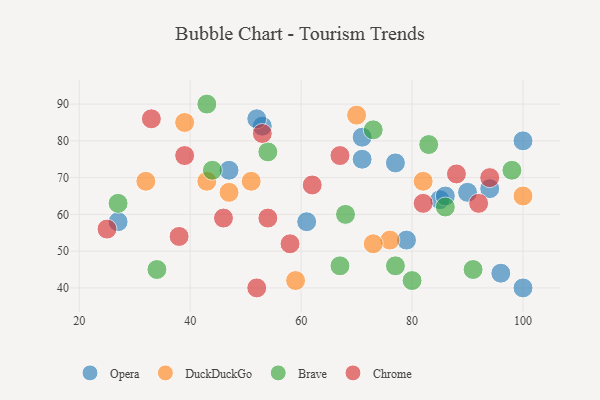
{"axis": {"x": "GDP", "y": "Life Expectancy"}, "legend": ["Brave", "Chrome", "DuckDuckGo", "Opera"], "data": [{"x": "71", "y": 81, "type": "Opera"}, {"x": "79", "y": 53, "type": "Opera"}, {"x": "100", "y": 80, "type": "Opera"}, {"x": "94", "y": 67, "type": "Opera"}, {"x": "90", "y": 66, "type": "Opera"}, {"x": "53", "y": 84, "type": "Opera"}, {"x": "100", "y": 40, "type": "Opera"}, {"x": "47", "y": 72, "type": "Opera"}, {"x": "96", "y": 44, "type": "Opera"}, {"x": "85", "y": 64, "type": "Opera"}, {"x": "61", "y": 58, "type": "Opera"}, {"x": "27", "y": 58, "type": "Opera"}, {"x": "71", "y": 75, "type": "Opera"}, {"x": "86", "y": 65, "type": "Opera"}, {"x": "77", "y": 74, "type": "Opera"}, {"x": "52", "y": 86, "type": "Opera"}, {"x": "100", "y": 65, "type": "DuckDuckGo"}, {"x": "32", "y": 69, "type": "DuckDuckGo"}, {"x": "39", "y": 85, "type": "DuckDuckGo"}, {"x": "70", "y": 87, "type": "DuckDuckGo"}, {"x": "59", "y": 42, "type": "DuckDuckGo"}, {"x": "76", "y": 53, "type": "DuckDuckGo"}, {"x": "82", "y": 69, "type": "DuckDuckGo"}, {"x": "47", "y": 66, "type": "DuckDuckGo"}, {"x": "51", "y": 69, "type": "DuckDuckGo"}, {"x": "73", "y": 52, "type": "DuckDuckGo"}, {"x": "43", "y": 69, "type": "DuckDuckGo"}, {"x": "44", "y": 72, "type": "Brave"}, {"x": "80", "y": 42, "type": "Brave"}, {"x": "34", "y": 45, "type": "Brave"}, {"x": "91", "y": 45, "type": "Brave"}, {"x": "83", "y": 79, "type": "Brave"}, {"x": "67", "y": 46, "type": "Brave"}, {"x": "77", "y": 46, "type": "Brave"}, {"x": "86", "y": 62, "type": "Brave"}, {"x": "54", "y": 77, "type": "Brave"}, {"x": "27", "y": 63, "type": "Brave"}, {"x": "98", "y": 72, "type": "Brave"}, {"x": "43", "y": 90, "type": "Brave"}, {"x": "68", "y": 60, "type": "Brave"}, {"x": "73", "y": 83, "type": "Brave"}, {"x": "46", "y": 59, "type": "Chrome"}, {"x": "52", "y": 40, "type": "Chrome"}, {"x": "25", "y": 56, "type": "Chrome"}, {"x": "53", "y": 82, "type": "Chrome"}, {"x": "54", "y": 59, "type": "Chrome"}, {"x": "62", "y": 68, "type": "Chrome"}, {"x": "88", "y": 71, "type": "Chrome"}, {"x": "67", "y": 76, "type": "Chrome"}, {"x": "82", "y": 63, "type": "Chrome"}, {"x": "94", "y": 70, "type": "Chrome"}, {"x": "33", "y": 86, "type": "Chrome"}, {"x": "39", "y": 76, "type": "Chrome"}, {"x": "38", "y": 54, "type": "Chrome"}, {"x": "92", "y": 63, "type": "Chrome"}, {"x": "58", "y": 52, "type": "Chrome"}]}